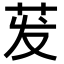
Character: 𬜧